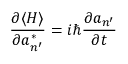
{ \frac { \partial \langle H \rangle } { \partial a _ { n ^ { \prime } } ^ { * } } } = i \hbar { \frac { \partial a _ { n ^ { \prime } } } { \partial t } }